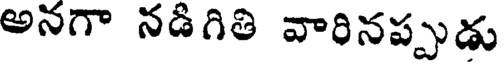
అనగా నడిగితి వారినప్పుడు